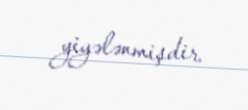
yiyələnmişdir.